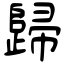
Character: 歸